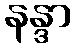
နန္ဒာ